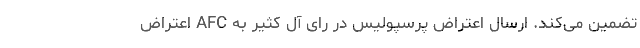
تضمین می‌کند. ارسال اعتراض پرسپولیس در رای آل کثیر به AFC اعتراض